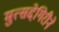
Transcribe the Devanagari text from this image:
मुत्सद्देगिरीने